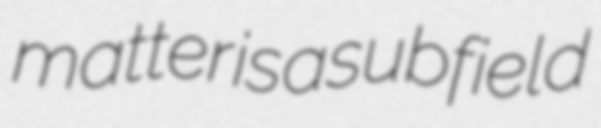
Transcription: matter is a subfield